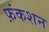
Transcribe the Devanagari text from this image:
फ़ंकशन